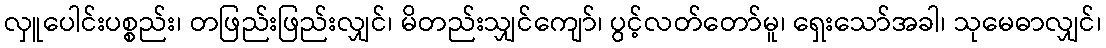
လှူပေါင်းပစ္စည်း၊ တဖြည်းဖြည်းလျှင်၊ မိတည်းသျှင်ကျော်၊ ပွင့်လတ်တော်မူ၊ ရှေးသော်အခါ၊ သုမေဓာလျှင်၊